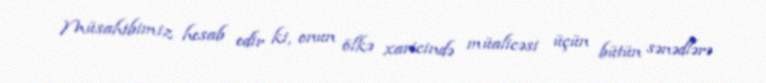
Müsahibimiz hesab edir ki, onun ölkə xaricində müalicəsi üçün bütün sənədlərə